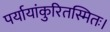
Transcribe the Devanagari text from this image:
पर्यायांकुरितस्मितः।